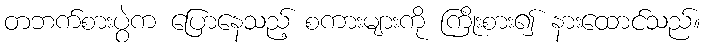
တဘက်စားပွဲက ပြောနေသည့် စကားများကို ကြိုးစား၍ နားထောင်သည်။